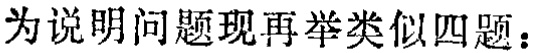
为说明问题现再举类似四题：